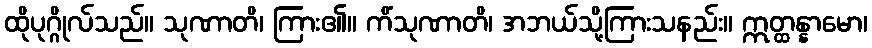
ထိုပုဂ္ဂိုလ်သည်။ သုဏာတိ၊ ကြား၏။ ကိံသုဏာတိ၊ အဘယ်သို့ကြားသနည်း။ ဣတ္ထန္နာမော၊